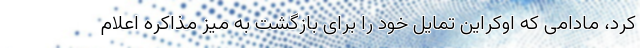
کرد، مادامی که اوکراین تمایل خود را برای بازگشت به میز مذاکره اعلام